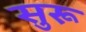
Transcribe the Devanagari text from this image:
सुरू